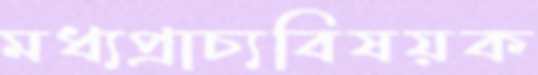
মধ্যপ্রাচ্যবিষয়ক